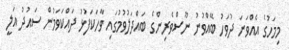
މިމަހުގެ އެއްވަނަ ދުވަހު ބޭއްވުނު ނޫސްވެރިންގެ ބައްދަލުވުމުގައި ވާހަކަފުޅު ދައްކަވަމުން ސައުދު އަލީ